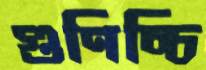
গুণিচ্চি